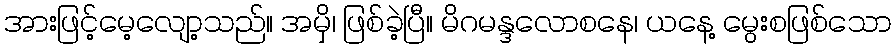
အားဖြင့်မေ့လျော့သည်။ အမှိ၊ ဖြစ်ခဲ့ပြီ။ မိဂမန္ဒလောစနေ၊ ယနေ့ မွေးစဖြစ်သော